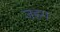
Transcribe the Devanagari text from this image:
जहग